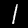
Label: 1